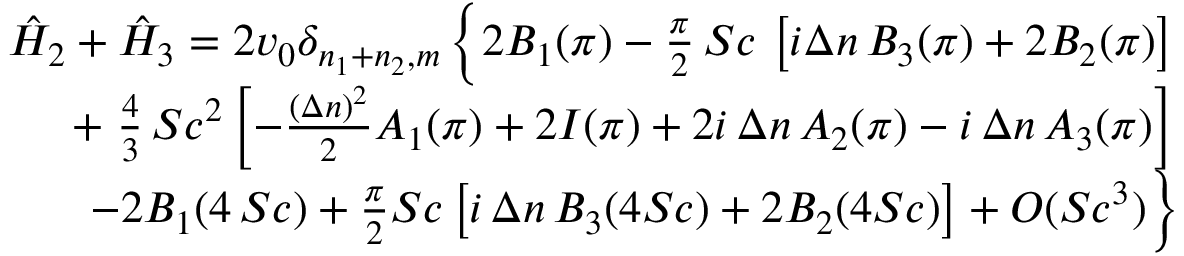
\begin{array} { r l r } & { } & { \hat { H } _ { 2 } + \hat { H } _ { 3 } = 2 v _ { 0 } \delta _ { n _ { 1 } + n _ { 2 } , m } \left\{ 2 B _ { 1 } ( \pi ) - { \frac { \pi } { 2 } } \, S c \, \left[ i \Delta n \, B _ { 3 } ( \pi ) + 2 B _ { 2 } ( \pi ) \right] \right. } \\ & { } & { + \left. { \frac { 4 } { 3 } } \, S c ^ { 2 } \left[ - { \frac { ( \Delta n ) ^ { 2 } } { 2 } } A _ { 1 } ( \pi ) + 2 I ( \pi ) + 2 i \, \Delta n \, A _ { 2 } ( \pi ) - i \, \Delta n \, A _ { 3 } ( \pi ) \right] \right. } \\ & { } & { \left. - 2 B _ { 1 } ( 4 \, S c ) + { \frac { \pi } { 2 } } S c \left[ i \, \Delta n \, B _ { 3 } ( 4 S c ) + 2 B _ { 2 } ( 4 S c ) \right] + O ( S c ^ { 3 } ) \right\} } \end{array}